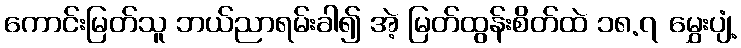
ကောင်းမြတ်သူ ဘယ်ညာရမ်းခါ၍ အဲ့ မြတ်ထွန်းစိတ်ထဲ ၁၈.၇ မွှေးပျံ့